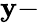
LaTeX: \mathbf{y}-